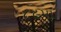
૮૯મા